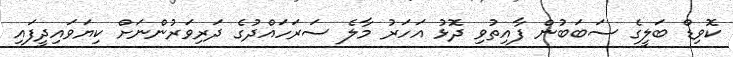
ކޮވިޑް ބަލީގެ ސަބަބުން ފާއިތުވި ދޮޅު އަހަރު މާލެ ސަރަހައްދުގެ ދަރިވަރުންނަށް ކިޔަވައިދީފައި